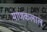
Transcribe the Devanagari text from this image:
माणकलाल